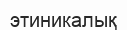
этиникалық